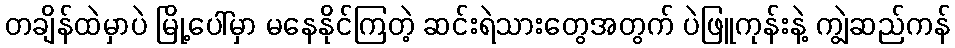
တချိန်ထဲမှာပဲ မြို့ပေါ်မှာ မနေနိုင်ကြတဲ့ ဆင်းရဲသားတွေအတွက် ပဲဖြူကုန်းနဲ့ ကျွဲဆည်ကန်